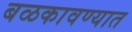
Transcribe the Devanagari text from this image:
बळकावण्यात